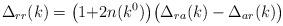
LaTeX: \begin{align*} \Delta_{rr}(k)=\bigl(1{+}2n(k^0)\bigr) \bigl(\Delta_{ra}(k)-\Delta_{ar}(k)\bigr)\end{align*}